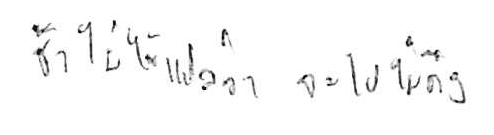
ช้า ไม่ได้แปลว่า จะไปไม่ถึง